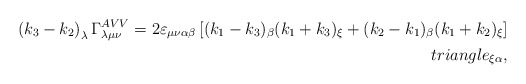
\begin{align*}\left( k_{3}-k_{2}\right) _{\lambda }\Gamma _{\lambda \mu \nu}^{AVV}=2\varepsilon _{\mu \nu \alpha \beta }\left[ (k_{1}-k_{3})_{\beta}(k_{1}+k_{3})_{\xi }+(k_{2}-k_{1})_{\beta }(k_{1}+k_{2})_{\xi }\right] \\triangle _{\xi \alpha },\end{align*}